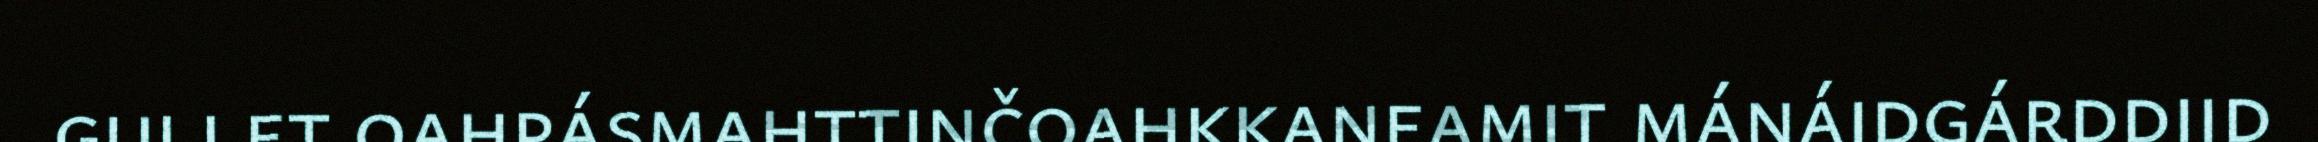
gullet oahpásmahttinčoahkkaneamit mánáidgárddiid